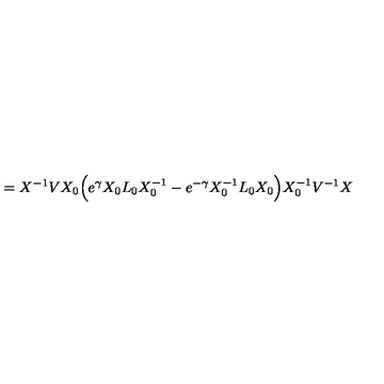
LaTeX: = X ^ { - 1 } V X _ { 0 } \Big ( e ^ { \gamma } X _ { 0 } L _ { 0 } X _ { 0 } ^ { - 1 } - e ^ { - \gamma } X _ { 0 } ^ { - 1 } L _ { 0 } X _ { 0 } \Big ) X _ { 0 } ^ { - 1 } V ^ { - 1 } X